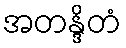
အတန္ဒိတံ